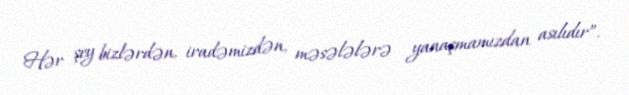
Hər şey bizlərdən, iradəmizdən, məsələlərə yanaşmamızdan asılıdır”.